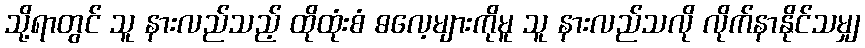
သို့ရာတွင် သူ နားလည်သည့် ထိုထုံးစံ ဓလေ့များကိုမူ သူ နားလည်သလို လိုက်နာနိုင်သမျှ